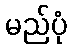
မည်ပုံ